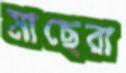
মাছেরা